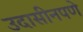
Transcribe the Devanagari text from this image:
उदासीनपणे